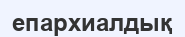
епархиалдық